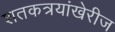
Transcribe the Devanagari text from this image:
शतकत्रयांखेरीज